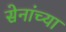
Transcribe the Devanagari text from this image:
सेनांच्या